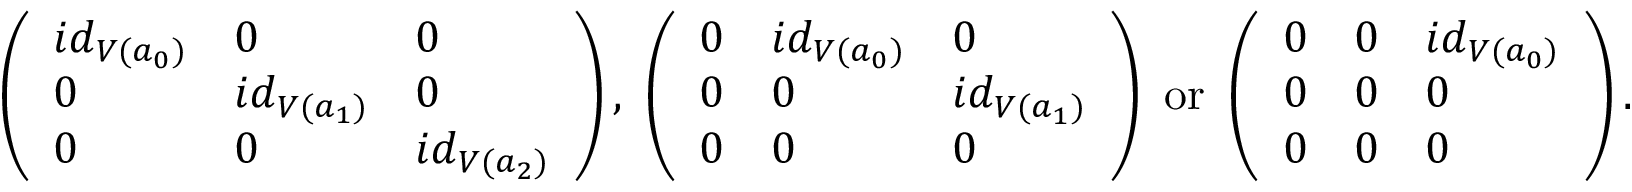
\left( \begin{array} { l l l } { i d _ { V ( a _ { 0 } ) } } & { 0 } & { 0 } \\ { 0 } & { i d _ { V ( a _ { 1 } ) } } & { 0 } \\ { 0 } & { 0 } & { i d _ { V ( a _ { 2 } ) } } \end{array} \right) \mathrm { , ~ } \left( \begin{array} { l l l } { 0 } & { i d _ { V ( a _ { 0 } ) } } & { 0 } \\ { 0 } & { 0 } & { i d _ { V ( a _ { 1 } ) } } \\ { 0 } & { 0 } & { 0 } \end{array} \right) \mathrm { ~ o r ~ } \left( \begin{array} { l l l } { 0 } & { 0 } & { i d _ { V ( a _ { 0 } ) } } \\ { 0 } & { 0 } & { 0 } \\ { 0 } & { 0 } & { 0 } \end{array} \right) .